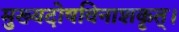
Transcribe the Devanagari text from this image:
मुख्यदोषविनाशकृत्।